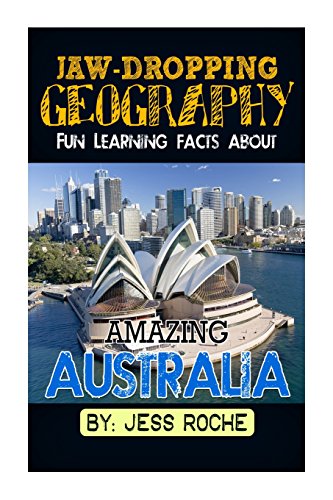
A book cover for Jaw-Dropping Geography: Fun Learning Facts About Amazing Australia: Illustrated Fun Learning For Kids (Volume 1); Jess Roche; Children's Books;